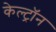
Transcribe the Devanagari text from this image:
केल्ट्रॉन